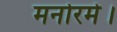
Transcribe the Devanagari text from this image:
मनोरमे।